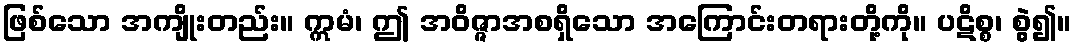
ဖြစ်သော အကျိုးတည်း။ ဣမံ၊ ဤ အဝိဇ္ဇာအစရှိသော အကြောင်းတရားတို့ကို။ ပဋိစ္စ၊ စွဲ၍။